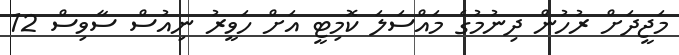
މަޖީދަށް ރުހުން ދިނުމުގެ މައްސަލަ ކޮމިޓީ އަށް ހަވީރު ނިއުސް ސާވިސް 12